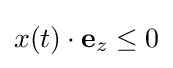
x(t)\cdot \mathbf {e} _{z}\leq 0